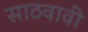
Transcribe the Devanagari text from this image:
साठवावी